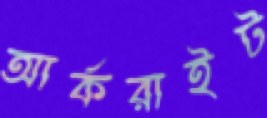
আর্করাইট